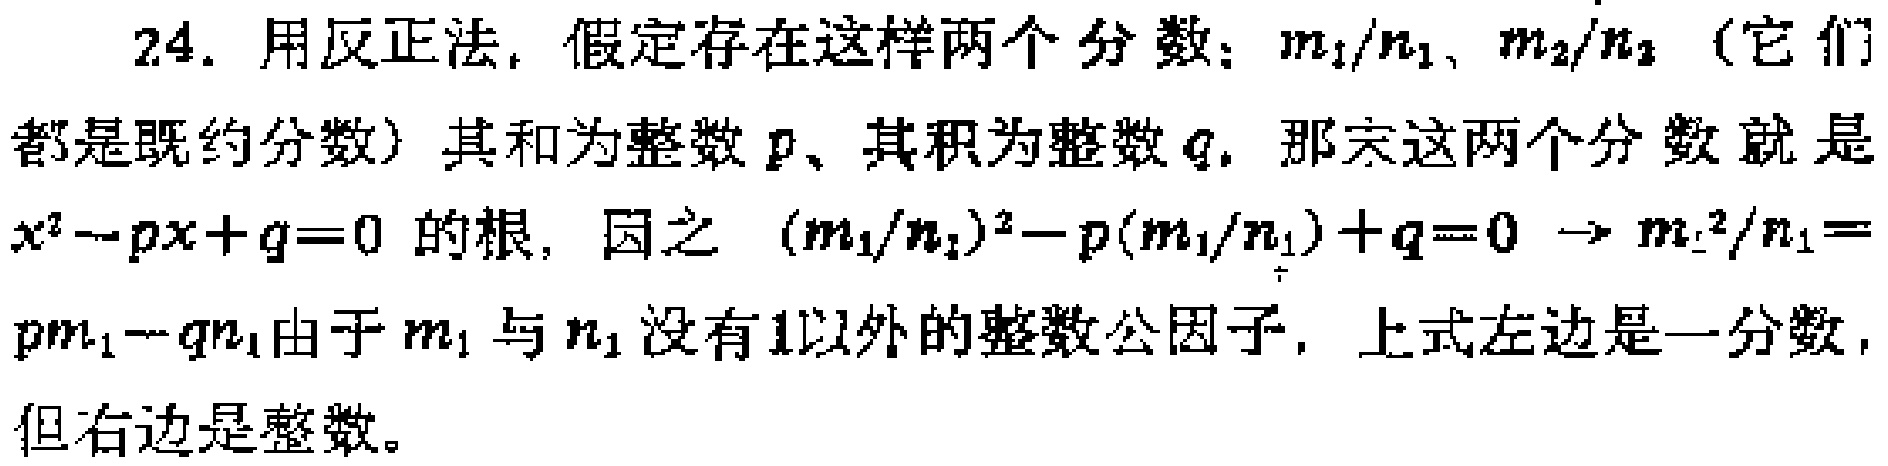
24. 用反正法，假定存在这样两个分数：$m_1/n_1$、$m_2/n_2$（它们都是既约分数）其和为整数$p$、其积为整数$q$，那么这两个分数就是$x^{2}-px + q = 0$的根，因之$(m_1/n_1)^{2}-p(m_1/n_1)+q = 0\to m_1^{2}/n_1=pm_1 - qn_1$由于$m_1$与$n_1$没有$1$以外的整数公因子，上式左边是一分数，但右边是整数。